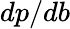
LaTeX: dp/db